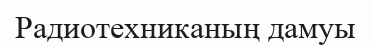
Радиотехниканың дамуы